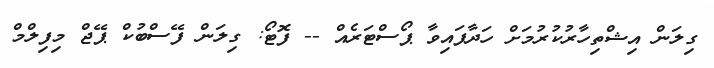
ގިލަން އިޝްތިހާރުކުރުމަށް ހަދާފައިވާ ޕޯސްޓަރެއް -- ފޮޓޯ: ގިލަން ފޭސްބުކް ޕޭޖް މިފިލްމް